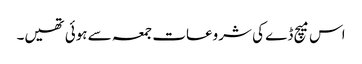
اس میچ ڈے کی شروعات جمعہ سے ہوئی تھیں۔